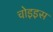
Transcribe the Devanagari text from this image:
चोइइस